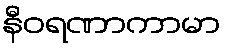
နီဝရဏာကာမာ